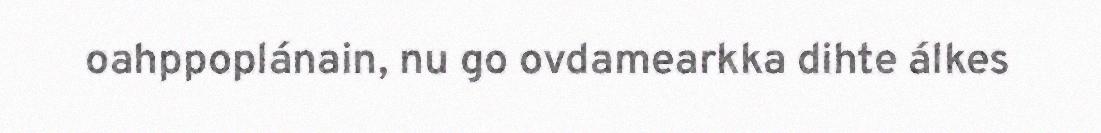
oahppoplánain, nu go ovdamearkka dihte álkes